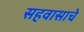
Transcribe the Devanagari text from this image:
सहवासाचे